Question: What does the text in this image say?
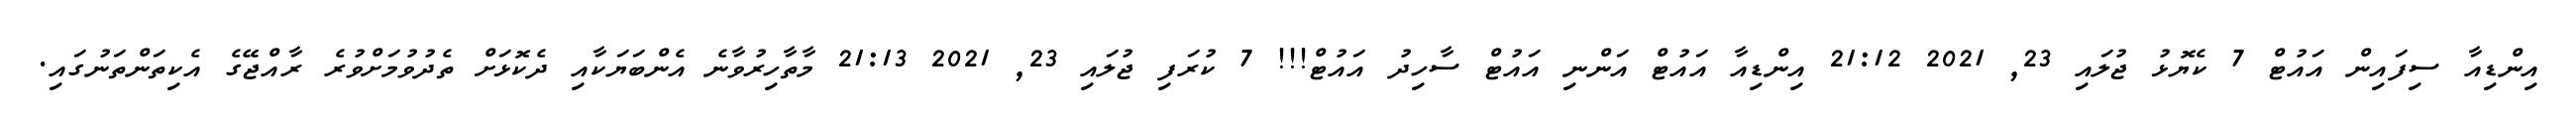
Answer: އިންޑިއާ ސިފައިން އައުޓް 7 ކެޔޮޅު ޖުލައި 23, 2021 21:12 އިންޑިއާ އައުޓް އަންނި އައުޓް ސާހިދު އައުޓް!!! 7 ކުރަފި ޖުލައި 23, 2021 21:13 މާތާހިރުވާނެ އެންބަޔަކާއި ދެކޮޅަށް ތެދުވުމަށްވުރެ ރާއްޖޭގެ އެކިތަންތަނުގައި.